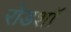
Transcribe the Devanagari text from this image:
रोडशाॅ